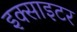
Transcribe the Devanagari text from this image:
इक्साइटर